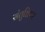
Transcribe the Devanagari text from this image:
संतुष्टिपर